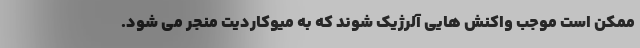
ممکن است موجب واکنش هایی آلرژیک شوند که به میوکاردیت منجر می شود.